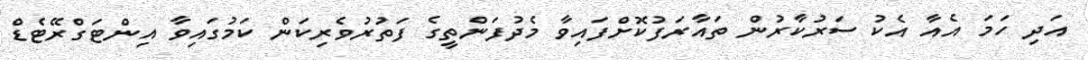
އަދި ހަމަ އެއާ އެކު ސަރުކާރުން ތައާރަފުކޮށްފައިވާ މެދުފަންތީގެ ފަތުރުވެރިކަން ކަމުގައިވާ އިންޓަގްރޭޓެޑް